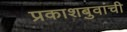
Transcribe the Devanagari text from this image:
प्रकाशबुवांची